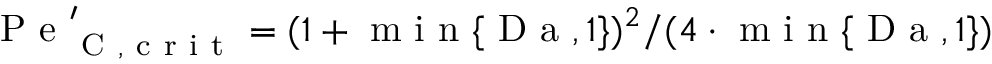
\mathrm { ~ P ~ e ~ } _ { \mathrm { ~ C ~ , ~ c ~ r ~ i ~ t ~ } } ^ { \prime } = ( 1 + \mathrm { ~ m ~ i ~ n ~ } \{ \mathrm { ~ D ~ a ~ } , 1 \} ) ^ { 2 } / ( 4 \cdot \mathrm { ~ m ~ i ~ n ~ } \{ \mathrm { ~ D ~ a ~ } , 1 \} )